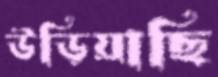
উড়িয়াছি